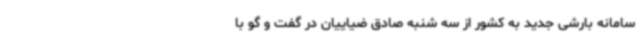
سامانه بارشی جدید به کشور از سه شنبه صادق ضیاییان در گفت و گو با